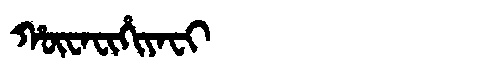
Manchu: ᡥᡡᠸᠠᠸᡳᡥᡳᠶᠠᠸᡳ
Romanization: HŪWAFIHIYAFI